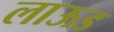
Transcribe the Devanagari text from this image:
लाऊड